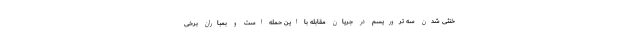
خنثی شدن سه تروریسم در جریان مقابله با این حمله است و بمباران برخی